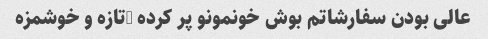
عالی بودن سفارشاتم‌ بوش خونمونو پر کرده …تازه و خوشمزه